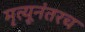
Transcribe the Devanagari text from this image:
मृत्यूनंतरच